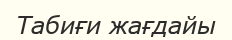
Табиғи жағдайы